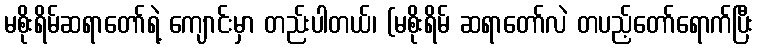
မစိုးရိမ်ဆရာတော်ရဲ့ ကျောင်းမှာ တည်းပါတယ်၊ (မစိုးရိမ် ဆရာတော်လဲ တပည့်တော်ရောက်ပြီး